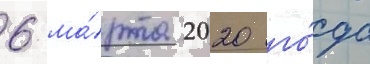
6 ма́рта 2020 го́да